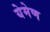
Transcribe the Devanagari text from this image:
येमेण